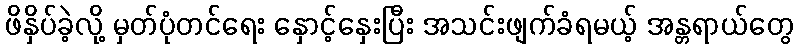
ဖိနှိပ်ခဲ့လို့ မှတ်ပုံတင်ရေး နှောင့်နှေးပြီး အသင်းဖျက်ခံရမယ့် အန္တရာယ်တွေ